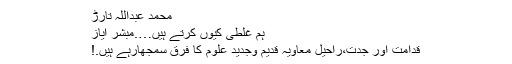
محمد عبداللہ تارڑ
ہم غلطی کیوں کرتے ہیں….مبشر ایاز
قدامت اور جدت،راحیل معاویہ قدیم وجدید علوم کا فرق سمجھارہے ہیں.!